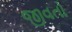
જીવતો